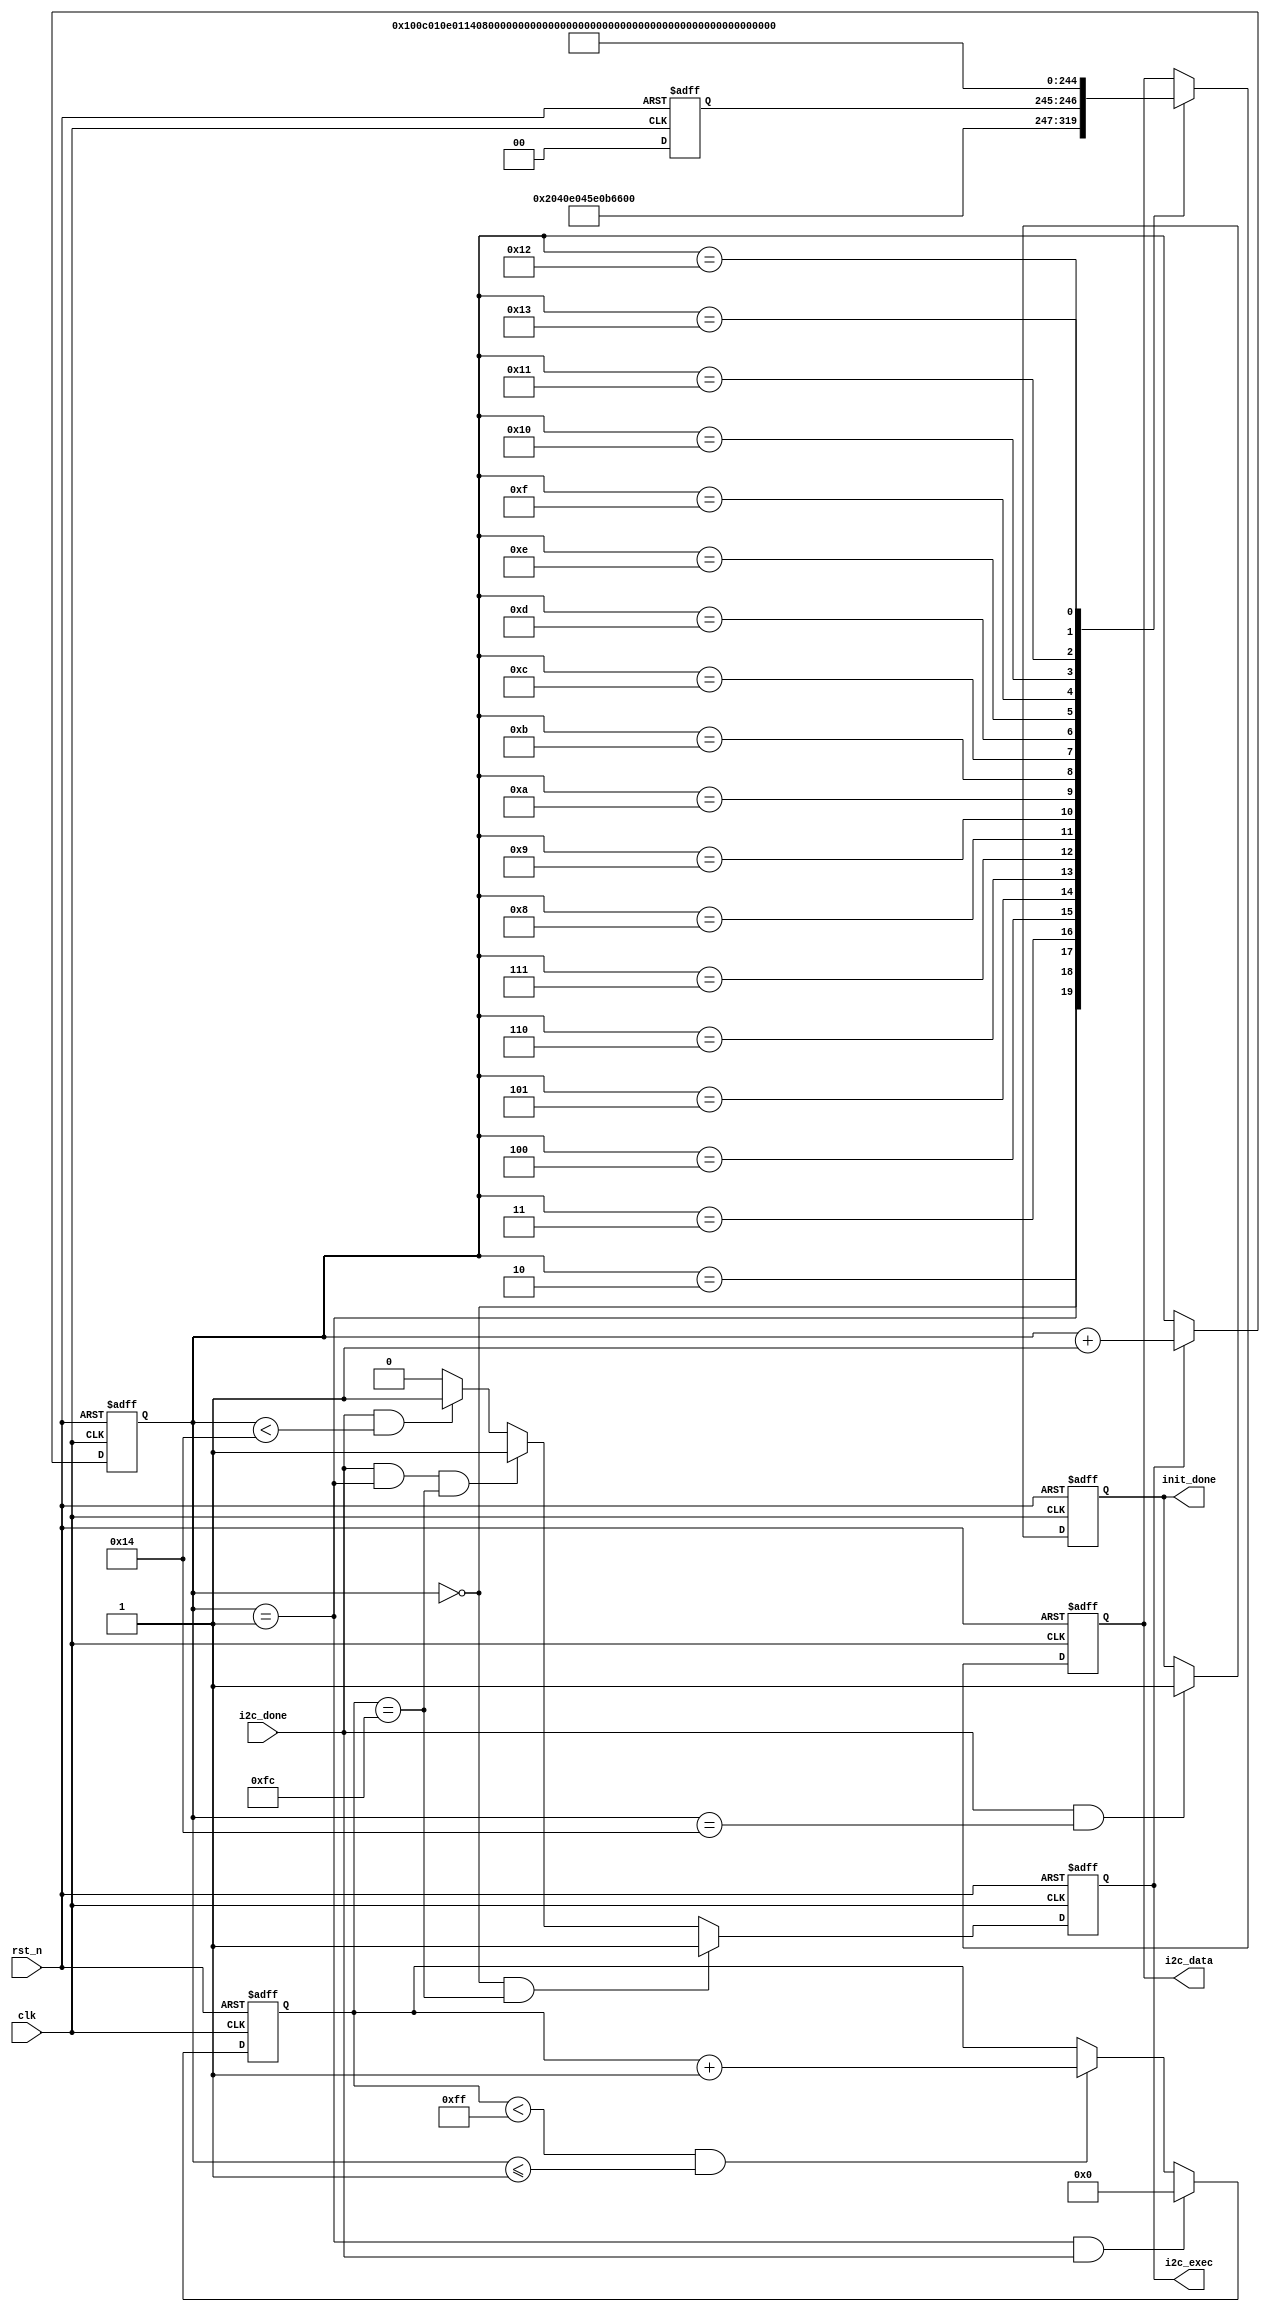
//****************************************Copyright (c)***********************************//
//www.openedv.com
//http://openedv.taobao.com
//""FPGA & STM32
//
//****************************************Copyright (c)***********************************//
// : NC 
// ,  
// Copyright (c) 2020
// ALL right reserved
//----------------------------------------------------------------------------------------//
// Descriptions: 	WM8978
//----------------------------------------------------------------------------------------//
// Note:1IIC
//
//----------------------------------------------------------------------------------------//
//****************************************************************************************//



module wm8978_init #(parameter WL = 6'd16        // word length
)(
    input                clk      ,              // i2c_reg_cfg(1MHz)
    input                rst_n    ,              // 
    input                i2c_done ,              // I2C,IIC
    output  reg          i2c_exec ,              // I2C
    output  reg          init_done ,              // 20WM8978
    output  reg  [15:0]  i2c_data                // 7+9
);

//parameter define
localparam   REG_NUM       = 5'd20;              // 
localparam   PHONE_VOLUME  = 6'd30;              // 0~63
localparam   SPEAK_VOLUME  = 6'd63;              // 0~63

//reg define
reg    [1:0]  wl            ;                    // word length
reg    [7:0]  start_init_cnt;                    // 
reg    [4:0]  init_reg_cnt  ;                    // 

//*****************************************************
//**                    main code
//*****************************************************

//
always @(posedge clk or negedge rst_n) begin
    if(!rst_n) begin
        wl <= 2'b00;
    end
    else begin
        case(WL)
            6'd16:begin wl <= 2'b00; end
            6'd20:begin wl <= 2'b01; end
            6'd24:begin wl <= 2'b10; end
            6'd32:begin wl <= 2'b11; end
        default: wl <= 2'd00;
        endcase
    end
end

//I2C12
always @(posedge clk or negedge rst_n) begin
    if(!rst_n) begin
        start_init_cnt <= 8'b0;
    end
    else if(init_reg_cnt == 5'd1 && i2c_done) begin
        start_init_cnt <= 8'b0;
    end
    else if(start_init_cnt < 8'hff && init_reg_cnt <= 5'd1) begin
        start_init_cnt <= start_init_cnt + 1'b1;
    end
end

//I2C
always @(posedge clk or negedge rst_n) begin
    if(!rst_n) begin
        i2c_exec <= 1'b0;
    end
    else if(init_reg_cnt == 5'd0 & start_init_cnt == 8'hfc)
        i2c_exec <= 1'b1;
    else if(i2c_done & init_reg_cnt == 5'd1 & start_init_cnt == 8'hfc)
        i2c_exec <= 1'b1;
    else if(i2c_done && init_reg_cnt < REG_NUM)
        i2c_exec <= 1'b1;
    else
        i2c_exec <= 1'b0;
end

//,IIC+1
always @(posedge clk or negedge rst_n) begin
    if(!rst_n) begin
        init_reg_cnt <= 5'd0;
    end
    else if(i2c_exec)
        init_reg_cnt <= init_reg_cnt + 1'b1;
end

//
always @(posedge clk or negedge rst_n) begin
    if(!rst_n)
        init_done <= 1'b0;
    else if(i2c_done & init_reg_cnt == REG_NUM )
        init_done <= 1'b1;
end

//I2C
always @(posedge clk or negedge rst_n) begin
    if(!rst_n) begin
        i2c_data <= 16'b0;
    end
    else begin
        case(init_reg_cnt)
            // R0,
            5'd0 : i2c_data <= {7'd0 ,9'b1          };
            // R1,BUFIOEN = 1,VMIDSEL[1:0]:11(5K)
            5'd1 : i2c_data <= {7'd1 ,9'b0_0000_0111};
            // R1,BIASEN1()PLLbit5
            5'd2 : i2c_data <= {7'd1 ,9'b0_0010_1111};
            // R2,BOOSTENR,BOOSTENLADCENR/LROUT1,LOUT1
            5'd3 : i2c_data <= {7'd2 ,9'b1_1011_0011};
            // R4,wm8978I2Sbit43(wl)
            5'd4 : i2c_data <= {7'd4 ,{2'd0,wl,5'b10000}};
            // R6,MASTER MODE(BCLKLRC)
            5'd5 : i2c_data <= {7'd6 ,9'b0_0000_0001};
            // R7,slow clock48KHzbit31
            5'd6 : i2c_data <= {7'd7 ,9'b0_0000_0001};
            // R10,DAC128xbit3,SNR
            5'd7 : i2c_data <= {7'd10,9'b0_0000_1000};
            // R14,ADC128xbit3,
            5'd8 : i2c_data <= {7'd14,9'b1_0000_1000};
            // R43,INVROUT2bit4,
            5'd9 : i2c_data <= {7'd43,9'b0_0001_0000};
            // R47,L2_2BOOSTVOLbit64
            5'd10: i2c_data <= {7'd47,9'b0_0111_0000};
            // R48,
            5'd11: i2c_data <= {7'd48,9'b0_0111_0000};
            // R49,TSDENbit0,SPKBOOSTbit21.5
            5'd12: i2c_data <= {7'd49,9'b0_0000_0110};
            // R50,DACbit0
            5'd13: i2c_data <= {7'd50,9'b1          };
            // R51,DACbit0
            5'd14: i2c_data <= {7'd51,9'b1          };
            // R52,bit50bit7
            5'd15: i2c_data <= {7'd52,{3'b010,PHONE_VOLUME}};
            // R53,bit50bit7,(HPVU=1)
            5'd16: i2c_data <= {7'd53,{3'b110,PHONE_VOLUME}};
            // R54,bit50bit7
            5'd17: i2c_data <= {7'd54,{3'b010,SPEAK_VOLUME}};
            // R55,bit50bit7,(SPKVU=1)
            5'd18: i2c_data <= {7'd55,{3'b110,SPEAK_VOLUME}};
            // R3,LOUT2,ROUT2(),RMIX,LMIX,DACENRDACENL
            5'd19: i2c_data <= {7'd3 ,9'b0_0110_1111};
            default : ;
        endcase
    end
end

endmodule